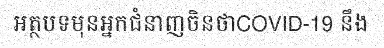
អត្ថបទមុនអ្នកជំនាញចិនថាCOVID-19 នឹង